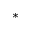
*